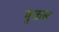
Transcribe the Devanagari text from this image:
मुक्तल